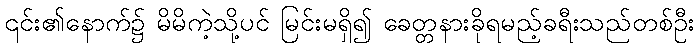
၎င်း၏နောက်၌ မိမိကဲ့သို့ပင် မြင်းမရှိ၍ ခေတ္တနားခိုရမည့်ခရီးသည်တစ်ဦး